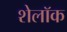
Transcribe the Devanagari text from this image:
शेलॉक